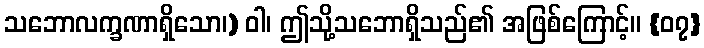
သဘောလက္ခဏာရှိသော၊) ဝါ၊ ဤသို့သဘောရှိသည်၏ အဖြစ်ကြောင့်။ {၀၇}